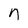
Character: n